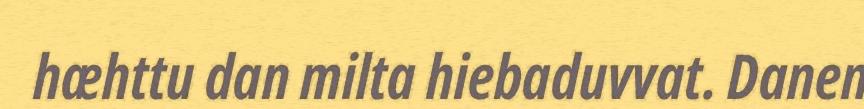
hæhttu dan milta hiebaduvvat. Danen